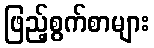
ဖြည့်စွက်စာများ